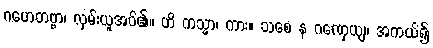
ဂဟေတဗ္ဗာ၊ လှမ်းယူအပ်၏။ ဟိ ကသ္မာ၊ ကား။ သစေ န ဂဏှေယျ၊ အကယ်၍